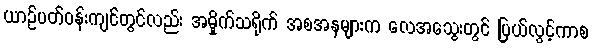
ယာဉ်ပတ်ဝန်းကျင်တွင်လည်း အမှိုက်သရိုက် အစအနများက လေအသွေးတွင် ပြယ်လွင့်ကာစ